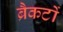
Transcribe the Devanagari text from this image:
ब्रैकटों